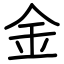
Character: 金